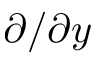
\partial / \partial y